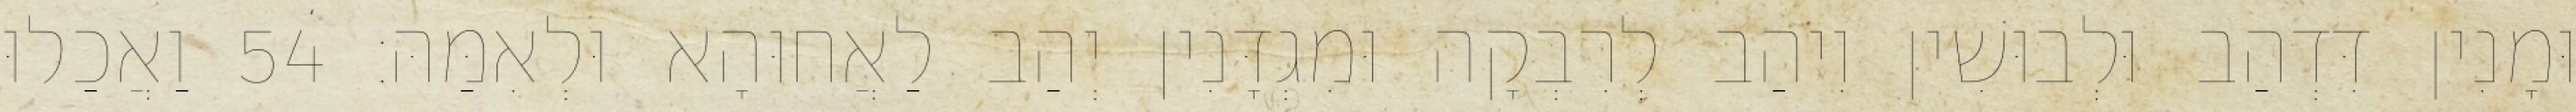
וּמָנִין דִּדְהַב וּלְבוּשִׁין וִיהַב לְרִבְקָה וּמִגְדָּנִין יְהַב לַאֲחוּהָא וּלְאִמַּהּ׃ 54 וַאֲכַלוּ